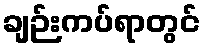
ချဉ်းကပ်ရာတွင်